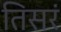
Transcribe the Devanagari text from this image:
तिसरं